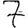
Digit: 7